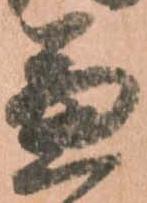
兼